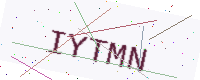
Text: IYTMN